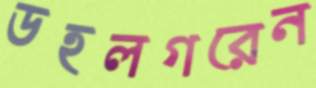
ডহলগরেন